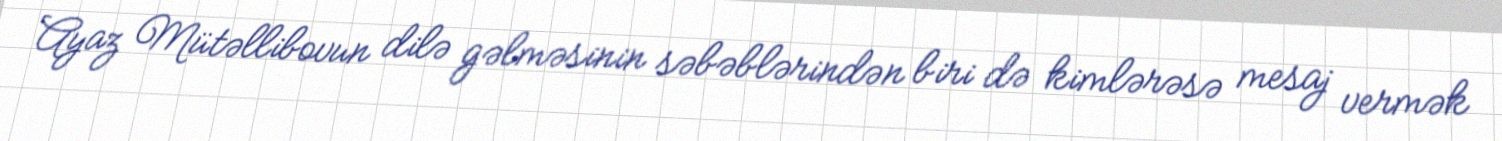
Ayaz Mütəllibovun dilə gəlməsinin səbəblərindən biri də kimlərəsə mesaj vermək